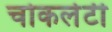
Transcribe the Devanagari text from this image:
चोकलेटी